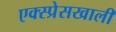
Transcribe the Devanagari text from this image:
एक्स्प्रेसखाली